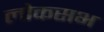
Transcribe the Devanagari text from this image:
लोकसभ